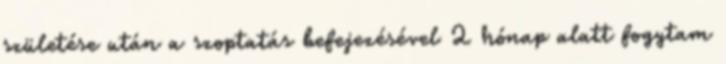
születése után a szoptatás befejezésével 2 hónap alatt fogytam